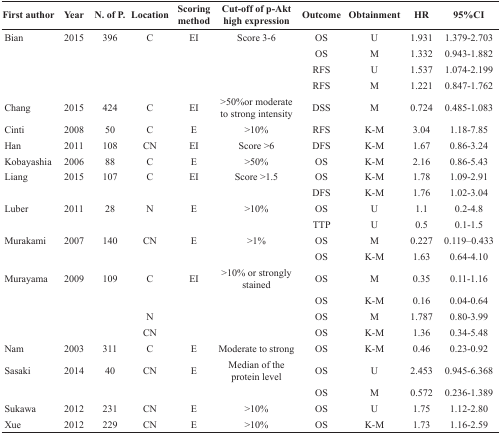
<table><thead><tr><td><b>First author</b></td><td><b>Year</b></td><td><b>N. of P.</b></td><td><b>Location</b></td><td><b>Scoring method</b></td><td><b>Cut-off of p-Akt high expression</b></td><td><b>Outcome</b></td><td><b>Obtainment</b></td><td><b>HR</b></td><td><b>95%CI</b></td></tr></thead><tbody><tr><td>Bian</td><td>2015</td><td>396</td><td>C</td><td>EI</td><td>Score 3-6</td><td>OS</td><td>U</td><td>1.931</td><td>1.379-2.703</td></tr><tr><td></td><td></td><td></td><td></td><td></td><td></td><td>OS</td><td>M</td><td>1.332</td><td>0.943-1.882</td></tr><tr><td></td><td></td><td></td><td></td><td></td><td></td><td>RFS</td><td>U</td><td>1.537</td><td>1.074-2.199</td></tr><tr><td></td><td></td><td></td><td></td><td></td><td></td><td>RFS</td><td>M</td><td>1.221</td><td>0.847-1.762</td></tr><tr><td>Chang</td><td>2015</td><td>424</td><td>C</td><td>EI</td><td>&gt;50%or moderate to strong intensity</td><td>DSS</td><td>M</td><td>0.724</td><td>0.485-1.083</td></tr><tr><td>Cinti</td><td>2008</td><td>50</td><td>C</td><td>E</td><td>&gt;10%</td><td>RFS</td><td>K-M</td><td>3.04</td><td>1.18-7.85</td></tr><tr><td>Han</td><td>2011</td><td>108</td><td>CN</td><td>EI</td><td>Score &gt;6</td><td>DFS</td><td>K-M</td><td>1.67</td><td>0.86-3.24</td></tr><tr><td>Kobayashia</td><td>2006</td><td>88</td><td>C</td><td>E</td><td>&gt;50%</td><td>OS</td><td>K-M</td><td>2.16</td><td>0.86-5.43</td></tr><tr><td>Liang</td><td>2015</td><td>107</td><td>C</td><td>EI</td><td>Score &gt;1.5</td><td>OS</td><td>K-M</td><td>1.78</td><td>1.09-2.91</td></tr><tr><td></td><td></td><td></td><td></td><td></td><td></td><td>DFS</td><td>K-M</td><td>1.76</td><td>1.02-3.04</td></tr><tr><td>Luber</td><td>2011</td><td>28</td><td>N</td><td>E</td><td>&gt;10%</td><td>OS</td><td>U</td><td>1.1</td><td>0.2-4.8</td></tr><tr><td></td><td></td><td></td><td></td><td></td><td></td><td>TTP</td><td>U</td><td>0.5</td><td>0.1-1.5</td></tr><tr><td>Murakami</td><td>2007</td><td>140</td><td>CN</td><td>E</td><td>&gt;1%</td><td>OS</td><td>M</td><td>0.227</td><td>0.119–0.433</td></tr><tr><td></td><td></td><td></td><td></td><td></td><td></td><td>OS</td><td>K-M</td><td>1.63</td><td>0.64-4.10</td></tr><tr><td>Murayama</td><td>2009</td><td>109</td><td>C</td><td>EI</td><td>&gt;10% or strongly stained</td><td>OS</td><td>M</td><td>0.35</td><td>0.11-1.16</td></tr><tr><td></td><td></td><td></td><td></td><td></td><td></td><td>OS</td><td>K-M</td><td>0.16</td><td>0.04-0.64</td></tr><tr><td></td><td></td><td></td><td>N</td><td></td><td></td><td>OS</td><td>M</td><td>1.787</td><td>0.80-3.99</td></tr><tr><td></td><td></td><td></td><td>CN</td><td></td><td></td><td>OS</td><td>K-M</td><td>1.36</td><td>0.34-5.48</td></tr><tr><td>Nam</td><td>2003</td><td>311</td><td>C</td><td>E</td><td>Moderate to strong</td><td>OS</td><td>K-M</td><td>0.46</td><td>0.23-0.92</td></tr><tr><td>Sasaki</td><td>2014</td><td>40</td><td>CN</td><td>E</td><td>Median of the protein level</td><td>OS</td><td>U</td><td>2.453</td><td>0.945-6.368</td></tr><tr><td></td><td></td><td></td><td></td><td></td><td></td><td>OS</td><td>M</td><td>0.572</td><td>0.236-1.389</td></tr><tr><td>Sukawa</td><td>2012</td><td>231</td><td>CN</td><td>E</td><td>&gt;10%</td><td>OS</td><td>U</td><td>1.75</td><td>1.12-2.80</td></tr><tr><td>Xue</td><td>2012</td><td>229</td><td>CN</td><td>E</td><td>&gt;10%</td><td>OS</td><td>K-M</td><td>1.73</td><td>1.16-2.59</td></tr></tbody></table>